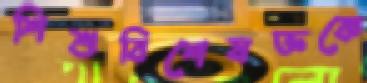
শিশুবিশেষজ্ঞকে